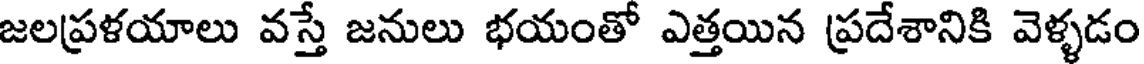
జలప్రళయాలు వస్తే జనులు భయంతో ఎత్తయిన ప్రదేశానికి వెళ్ళడం